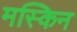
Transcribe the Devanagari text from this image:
मस्किन